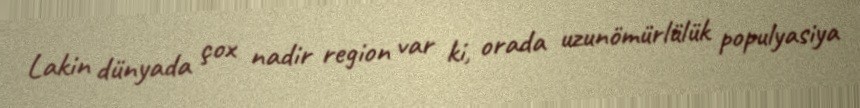
Lakin dünyada çox nadir region var ki, orada uzunömürlülük populyasiya